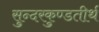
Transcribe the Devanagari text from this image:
सुन्दरकुण्डतीर्थ